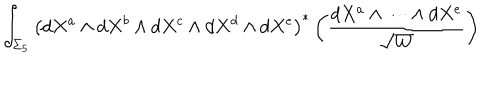
\int _ { \Sigma _ { 5 } } \left( d X ^ { a } \wedge { d } X ^ { b } \wedge { d } X ^ { c } \wedge { d } X ^ { d } \wedge { d } X ^ { e } \right) ^ { \ast } \left( \frac { d X ^ { a } \wedge \cdots \wedge { d } X ^ { e } } { \sqrt { W } } \right)